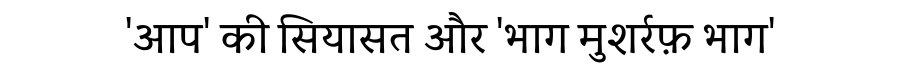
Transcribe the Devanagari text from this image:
'आप' की सियासत और 'भाग मुशर्रफ़ भाग'